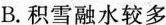
B.积雪融水较多